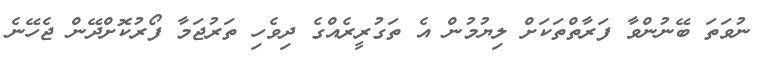
ނުވަތަ ބޭނުންވާ ފަރާތްތަކަށް ލިޔުމުން އެ ތަގުރީރެއްގެ ދިވެހި ތަރުޖަމާ ފޯރުކޮށްދޭން ޖެހޭނެ